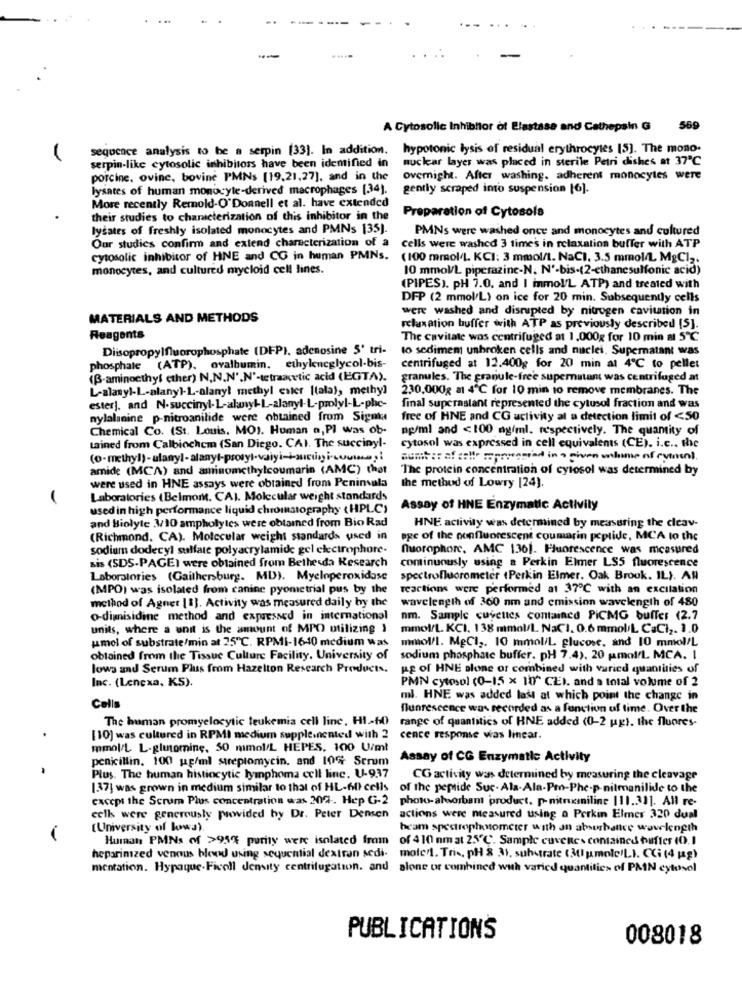
A Cytosolle Inhibitor of Elastase and Cathepain G 569
segocace analysis to be a serpin [33). In addition.
hypotonic lysis of residual erythrocytes [5]. The mono-
nuclear layer was placed in sterile Petri dishes at 37℃
serpin-like cytosolic inhibitors have been identified in
porcine. ovine, bovine PMNs [19,21,27], and in the
Overnight. After washing, adherent monocytes were
lysates of human monocyte-derived macrophages [34).
gently scraped into suspension [6].
More recently Remold-O'Donnell et al. have extended
Preparation of Cytosols
their studies to chanicterization of this inhibitor in the
lysates of freshly isolated monocytes and PMNs 135).
PMNs were washed once and monocytes and cultured
Our studies confirm and extend characterization of a
cells were washed 3 times in relaxation buffer with ATP
cytosolic inhibitor of HNE and CG in human PMNs.
(100 mmol/L. KCI: 3 mmol/L. NaCI, 3.5 mmol/L MgCl2.
monocytes, and cultured mycloid cell lines.
10 mmol/L piperazine-N. N'-bis-(2-ethancsulfonic acid)
(PIPES). PH 7.0. and I mmol/L ATP) and treated with
DFP (2 mmol/L) on ice for 20 min. Subsequently cells
were washed and disrupted by nitrogen cavitation in
MATERIALS AND METHODS
relaxation buffer with ATP as previously described [5].
Reagents
The cavitate wos centrifuged at 1,000g for 10 min a 5℃
Diisopropylfluorophosphate (DFP), adenosine 5' tri-
to sedimem unbroken cells and nuclei. Supernatant was
phosphate (ATP), ovalbumin. ethyleneglycol.bis-
centrifuged at 12.400g for 20 min al 4℃ to pellet
(B-aminoethyl ether) N.N.N'.N'-tetraacetic acid (EGTA).
granules. The granule-free supernatant was centrifuged at
L-alanyl-L-alany]-L-alany! methyl ester [tala), methy]
230,000g a1 4℃ for 10 min 10 remove membranes. The
esterj, and N.succinyl-L-alanyk-L-alanyt-L-prolyl-L-phe-
final superastant represented the cytusol fraction and was
nylalanine p-nitroanilide were obtained from Signtu
free of HNE and CG activity al a detection limit of <50
Chemical Co. (St. Louis, MO). Human a, PI was ob-
ng/ml and <100 ng/ml, respectively. The quantity of
Lained from Calbiochem (San Diego. CAI. The succinyl-
cytosol was expressed in cell equivalents (CE). i.c .. the
amide (MCA) and aminomethylcoumarin (AMC) that
The protein concentration of cytosol was determined by
were used in HNE assays were obtained from Peninsula
the method of Lowry [24).
Laboratories (Belmont. CAI. Molecular weight standards
used in high performance liquid chromatography ( HPLC)
Assay of HNE Enzymatic Activity
and Biolyte 3/10 ampholyles were obtained from Bio Rad
HNE activity was determined by measuring the cleav-
(Richmond. CA). Molecular weight standards used in
ogc of the popfluorescent coumarin peptide, MCA to the
sodium dodecyl sulfate polyacrylamide gel electrophore-
fluorophore, AMC 136]. Fluorescence was measured
sis (SDS-PAGEI were obtained from Bethesda Research
continuously using a Perkin Elmer LS5 fluorescence
Laboratories (Gaithersburg. MD). Myeloperoxidase
spectrofluorometer (Perkin Elmer. Oak Brook. IL). AN
(MPO) was isolated from canine pyometrial pus by the
reactions were performed at 37℃ with an excitation
wavelength of 360 nm and emission wavelength of 480
method of Agner [1]. Activity was measured daily by the
o-dimisidine method and expressed in international
nm. Sample cuyentes contained PiCMG buffer (2.7
units, where a unit is the amount of MPO utilizing }
mmol/L. KCI. 138 mmol/L. NaCI. 0.6 mmol/L CaCl2. 1.0
umol of substrate/min at 25℃. RPMI-1640 medium was
mmol/l. MgCl ,. 10 mmol/L. glucose, and 10 mmol/L
obtained from the Tissue Culture Facility, University of
sodium phosphate buffer. pH 7.4), 20 pmol/L. MCA. I
lows and Serum Pluss from Hazelton Research Products.
pg of HNE alone or combined with varied quantities of
Inc. (Lenexa, K5).
PMN cytosol (0-15 × 10" CEI. and a total volume of 2
ml. HNE was added last at which point the change in
Cells
fluorescence was recorded as a function of time. Over the
The human promyelocytic leukemia cell linc. H1-60)
range of quantities of HNE added (0-2 ug). the fluores-
[10] was cultured in RPMI medium supple.ncated with 2
cence response was linear.
mmol/L. L-glutamine, 50 mmol/L HEPES, 100 U/ml
penicillin. 100 pg/ml streptomycin. and 10% Scrum
Assay of CG Enzymatic Activity
Plus. The human histiocytic lymphoma cell line. U-937
CG activity was determined by measuring the cleavage
[37] was grown in medium similar to that of HL-60) cells
of the peptide Suc- Ala-Ala-Pro-Phe-p-nitmanilide to the
except the Scrum Plus concentration was 209 -. Hep G-2
photo-absorbant 'product, p- nitrucsniline |11.31]. All re-
celk were generously provided by Dr. Peter Densen
actions were measured using a Perkin Elmer 320 dual
(University of lowa).
heam spectrophotometer with an absurbattre wavelength
-
Human PMNs of >95% purity were isolated from
of 410 nm at 25℃. Sample cuventes contained buffer (0.1
heparinzed venous blond using sequential dextran sedi- mole'l. Tris, pH & 31, substrate (31 pmole!LI. Ci (4 kg)
mentation. Hypaque.Ficoll density centrifugation. and
alone or combined with varied quantities of PAN cytosol
PUBLICATIONS
008018